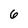
Character: 6